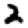
Digit: 2